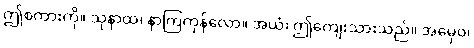
ဤစကားကို။ သုနာထ၊ နာကြကုန်လော။ အယံ၊ ဤကျေးသားသည်။ အမှေဝ၊